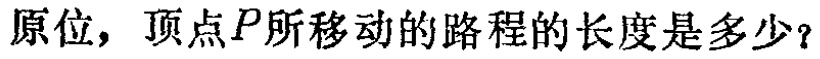
原位，顶点\(P\)所移动的路程的长度是多少？